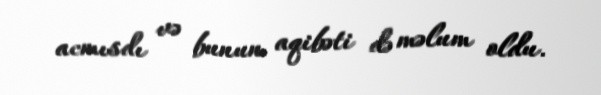
acmısdı və bunun aqibəti də məlum oldu.